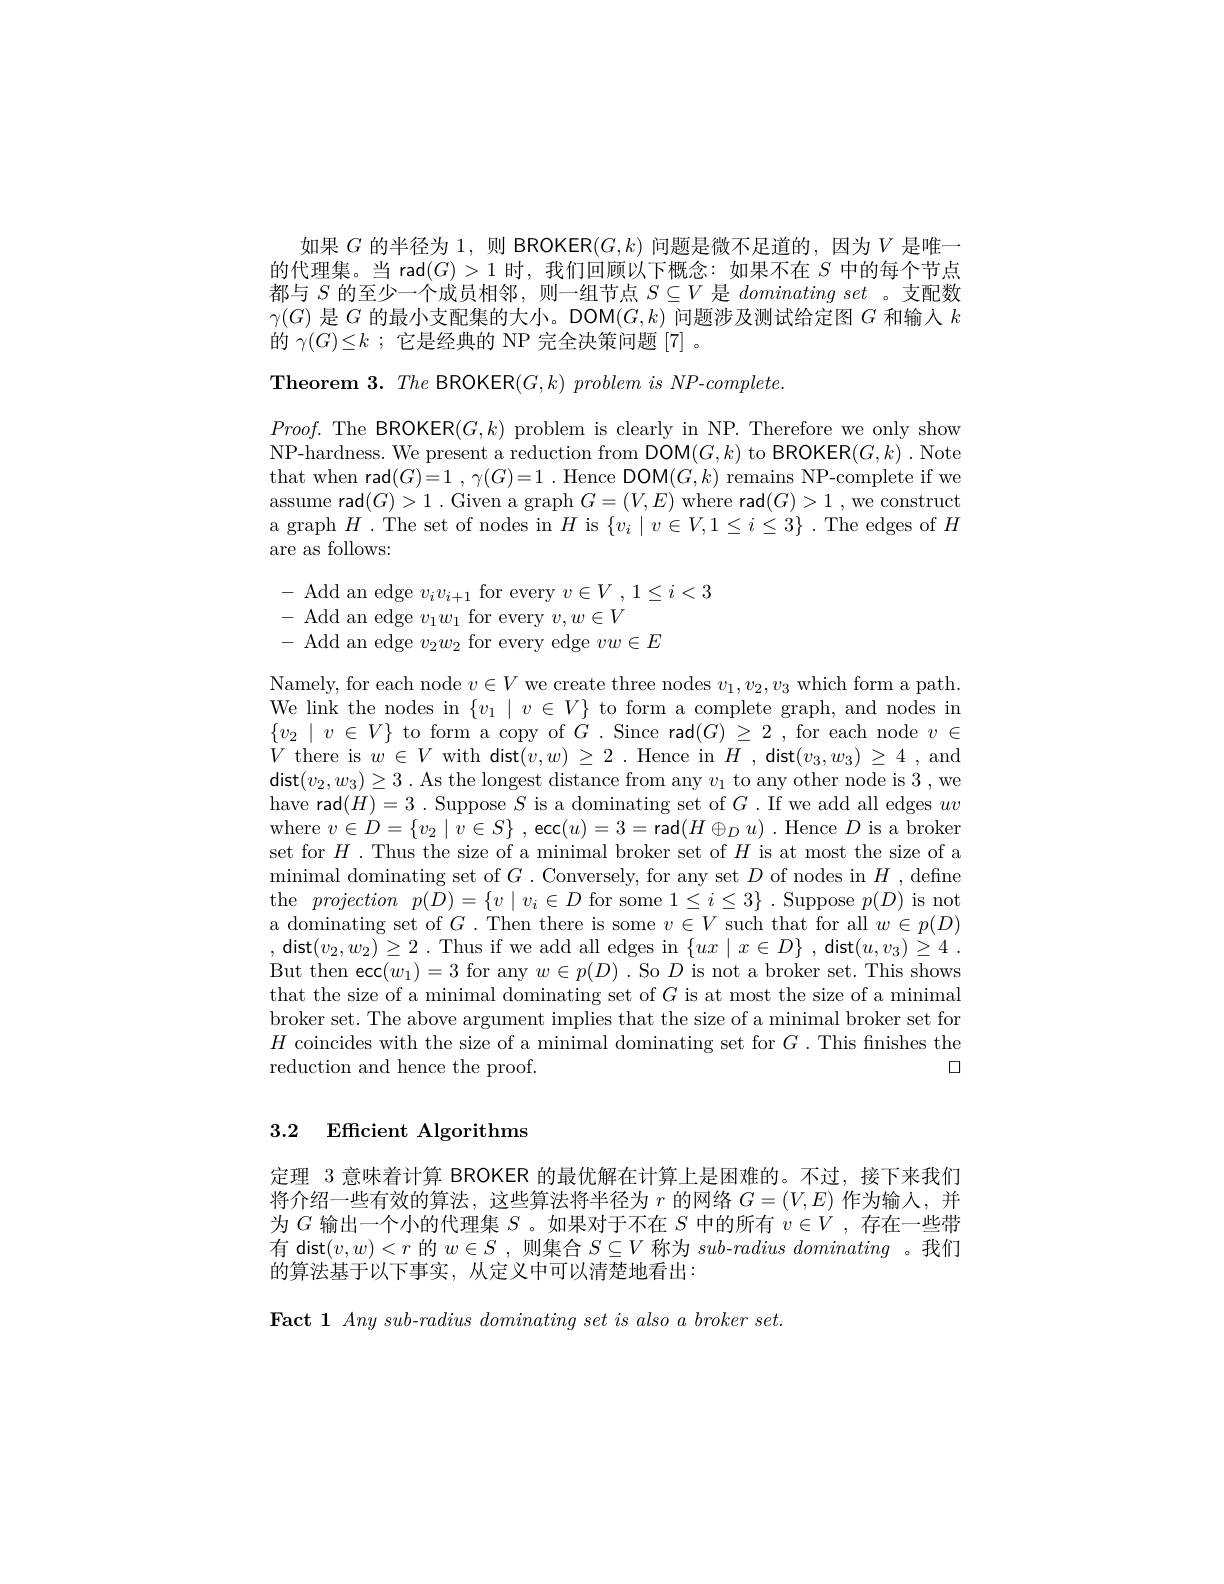
如果$G$的半径为 1,则 BROKER$(G,k)$问题是微不足道的，因为$V$是唯一的代理集。当 rad$(G)>1$时，我们回顾以下概念：如果不在$S$中的每个节点都与$S$的至少一个成员相邻，则一组节点$S\subseteq V$是dominatingset 。支配数$\gamma(G)$是$G$的最小支配集的大小。DOM$(G,k)$问题涉及测试给定图$G$和输人$k$ 的$\gamma(G)\leq k$ ;它是经典的 NP 完全决策问题[7] 。

Theorem 3. The BROKER$( G, k) \textit{problem is NP- complete. }$

$Proof.$The BROKER$(G,k)$problem is clearly in NP. Therefore we only show NP-hardness. We present a reduction from DOM$(G,k)$ to BROKER$(G,k).$Note that when rad$( G) = 1$ , $\gamma ( G) = 1$ .Hence DOM$(G,k)$ remains NP-complete if we assume rad$(G)>1.$Given a graph $G=(V,E)$ where rad$(G)>1$, we construct a graph $H$ .The set of nodes in $H$ is $\{v_i\mid v\in V,1\leq i\leq3\}$ .The edges of $H$ are as follows:

- Add an edge $v_{i}v_{i+ 1}$ for every $v\in V$, $1\leq i$ - Add an edge $v_{1}w_{1}$ for every $v, w\in V$ - Add an edge $v_{2}w_{2}$ for every edge $vw\in E$

$\begin{array}{l}\text{Namely, for each node }v\in V\text{ we create three nodes }v_{1},v_{2},v_{3}\text{ which form a path.}\\\mathrm{We~Inik~the~nodes~in~}\{v_{1}\mid v\in V\}\text{ to form a conplete graph, and nodes in}\\\{v_{2}\mid v\in V\}\text{ to form a copy of }G.\text{ Since rad}(G)\geq2\text{ ,for each node }v\in V\\V\text{ there }\end{array}$
$V$
where $v\in D= \{ v_{2}\mid v\in S\}$ ,ecc$(u)=3=$rad$(H\oplus_Du)$.Hence $D$ is a broker set for $H.$ Thus the size of a minimal broker set of $H$ is at most the size of a minimal dominating set of $G.$ Conversely, for any set $D$ of nodes in $H$, define the projection $p( D) = \{ v\mid v_i\in D$ for some $1\leq i\leq3\}$ .Suppose $p(D)$ is not a dominating set of $G.$ Then there is some $v\in V$ such that for all $w\in p(D)$ ,dist$(v_{2},w_{2})\geq2.$Thus if we add all edges in $\{ux\mid x\in D\}$,dist$(u,v_{3})\geq4.$ But then ecc$(w_{1})=3$ for any $w\in p(D)$ .So $D$ is not a broker set. This shows that the size of a minimal dominating set of $G$ is at most the size of a minimal broker set. The above argument implies that the size of a minimal broker set for $H$ coincides with the size of a minimal dominating set for $G.$ This finishes the
口
reduction and hence the proof.

## 3.2 Efficient Algorithms

定理 3 意味着计算 BROKER 的最优解在计算上是困难的。不过，接下来我们将介绍一些有效的算法，这些算法将半径为$r$的网络$G=(V,E)$作为输人，并为$G$输出一个小的代理集$S$ 。如果对于不在$S$中的所有$v\in V$ ,存在一些带有 dist$(v,w)<r$的$w\in S$ ,则集合$S\subseteq V$称为$sub- radius\textit{ }dominating$ 。我们的算法基于以下事实，从定义中可以清楚地看出：

$\textbf{Fact 1}\textit{Any sub- radius dominating set is also a broker set. }$